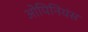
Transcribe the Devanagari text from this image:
ओपिनियंस